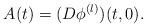
LaTeX: \begin{align*}A(t) = (D\phi^{(l)})(t,0).\end{align*}